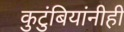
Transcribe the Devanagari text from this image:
कुटुंबियांनीही